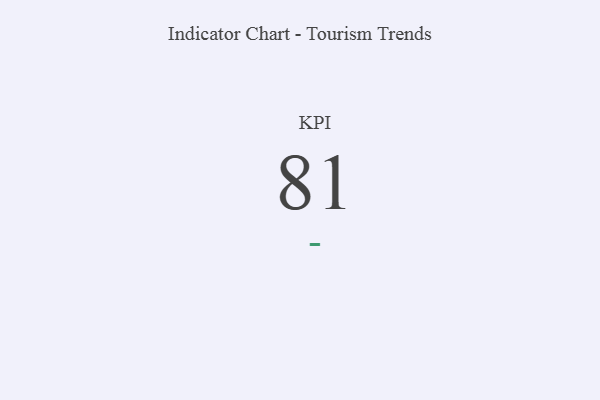
{"axis": {"x": "KPI", "y": "Value"}, "legend": [""], "data": [{"x": "KPI", "y": 81, "type": ""}]}